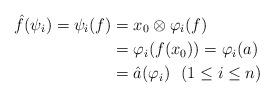
LaTeX: \begin{align*}\hat f ( \psi_i ) = \psi_i (f) &= x_0 \otimes \varphi_i (f)\\&= \varphi_i (f(x_0 )) = \varphi_i (a)\\& = \hat a ( \varphi_i ) \,\,\,\, ( 1 \leq i \leq n )\end{align*}